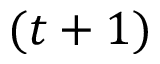
( t + 1 )